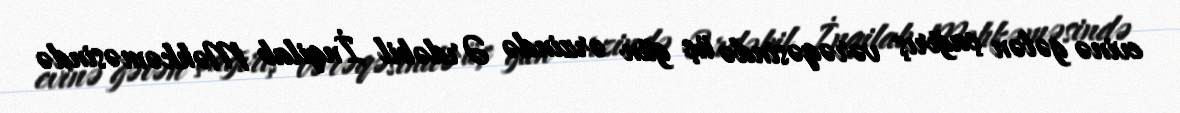
evinə gələn çağırış vərəqəsində üç gün ərzində Ərdəbil İnqilab Məhkəməsində